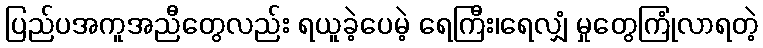
ပြည်ပအကူအညီတွေလည်း ရယူခဲ့ပေမဲ့ ရေကြီး၊ရေလျှံ မှုတွေကြုံလာရတဲ့